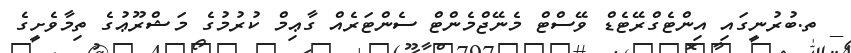
_ ތ.ބުރުނީގައި އިންޓެގްރޭޓެޑް ވޭސްޓް މެނޭޖްމެންޓް ސެންޓަރެއް ގާޢިމް ކުރުމުގެ މަޝްރޫޢުގެ ތިމާވެށީގެ